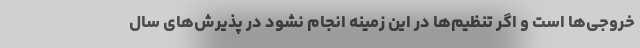
خروجی‌ها است و اگر تنظیم‌ها در این زمینه انجام نشود در پذیرش‌های سال